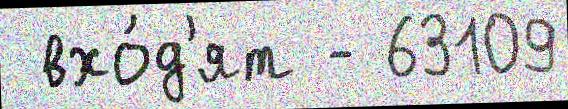
 вхо́д'ят - 63109